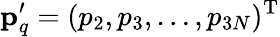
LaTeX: \mathbf{p}_{q}^{\prime}=(p_{2},p_{3},\dots,p_{3N})^{\mathrm{T}}